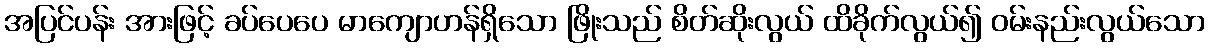
အပြင်ပန်း အားဖြင့် ခပ်ပေပေ မာကျောဟန်ရှိသော ဖြိုးသည် စိတ်ဆိုးလွယ် ထိခိုက်လွယ်၍ ဝမ်းနည်းလွယ်သော